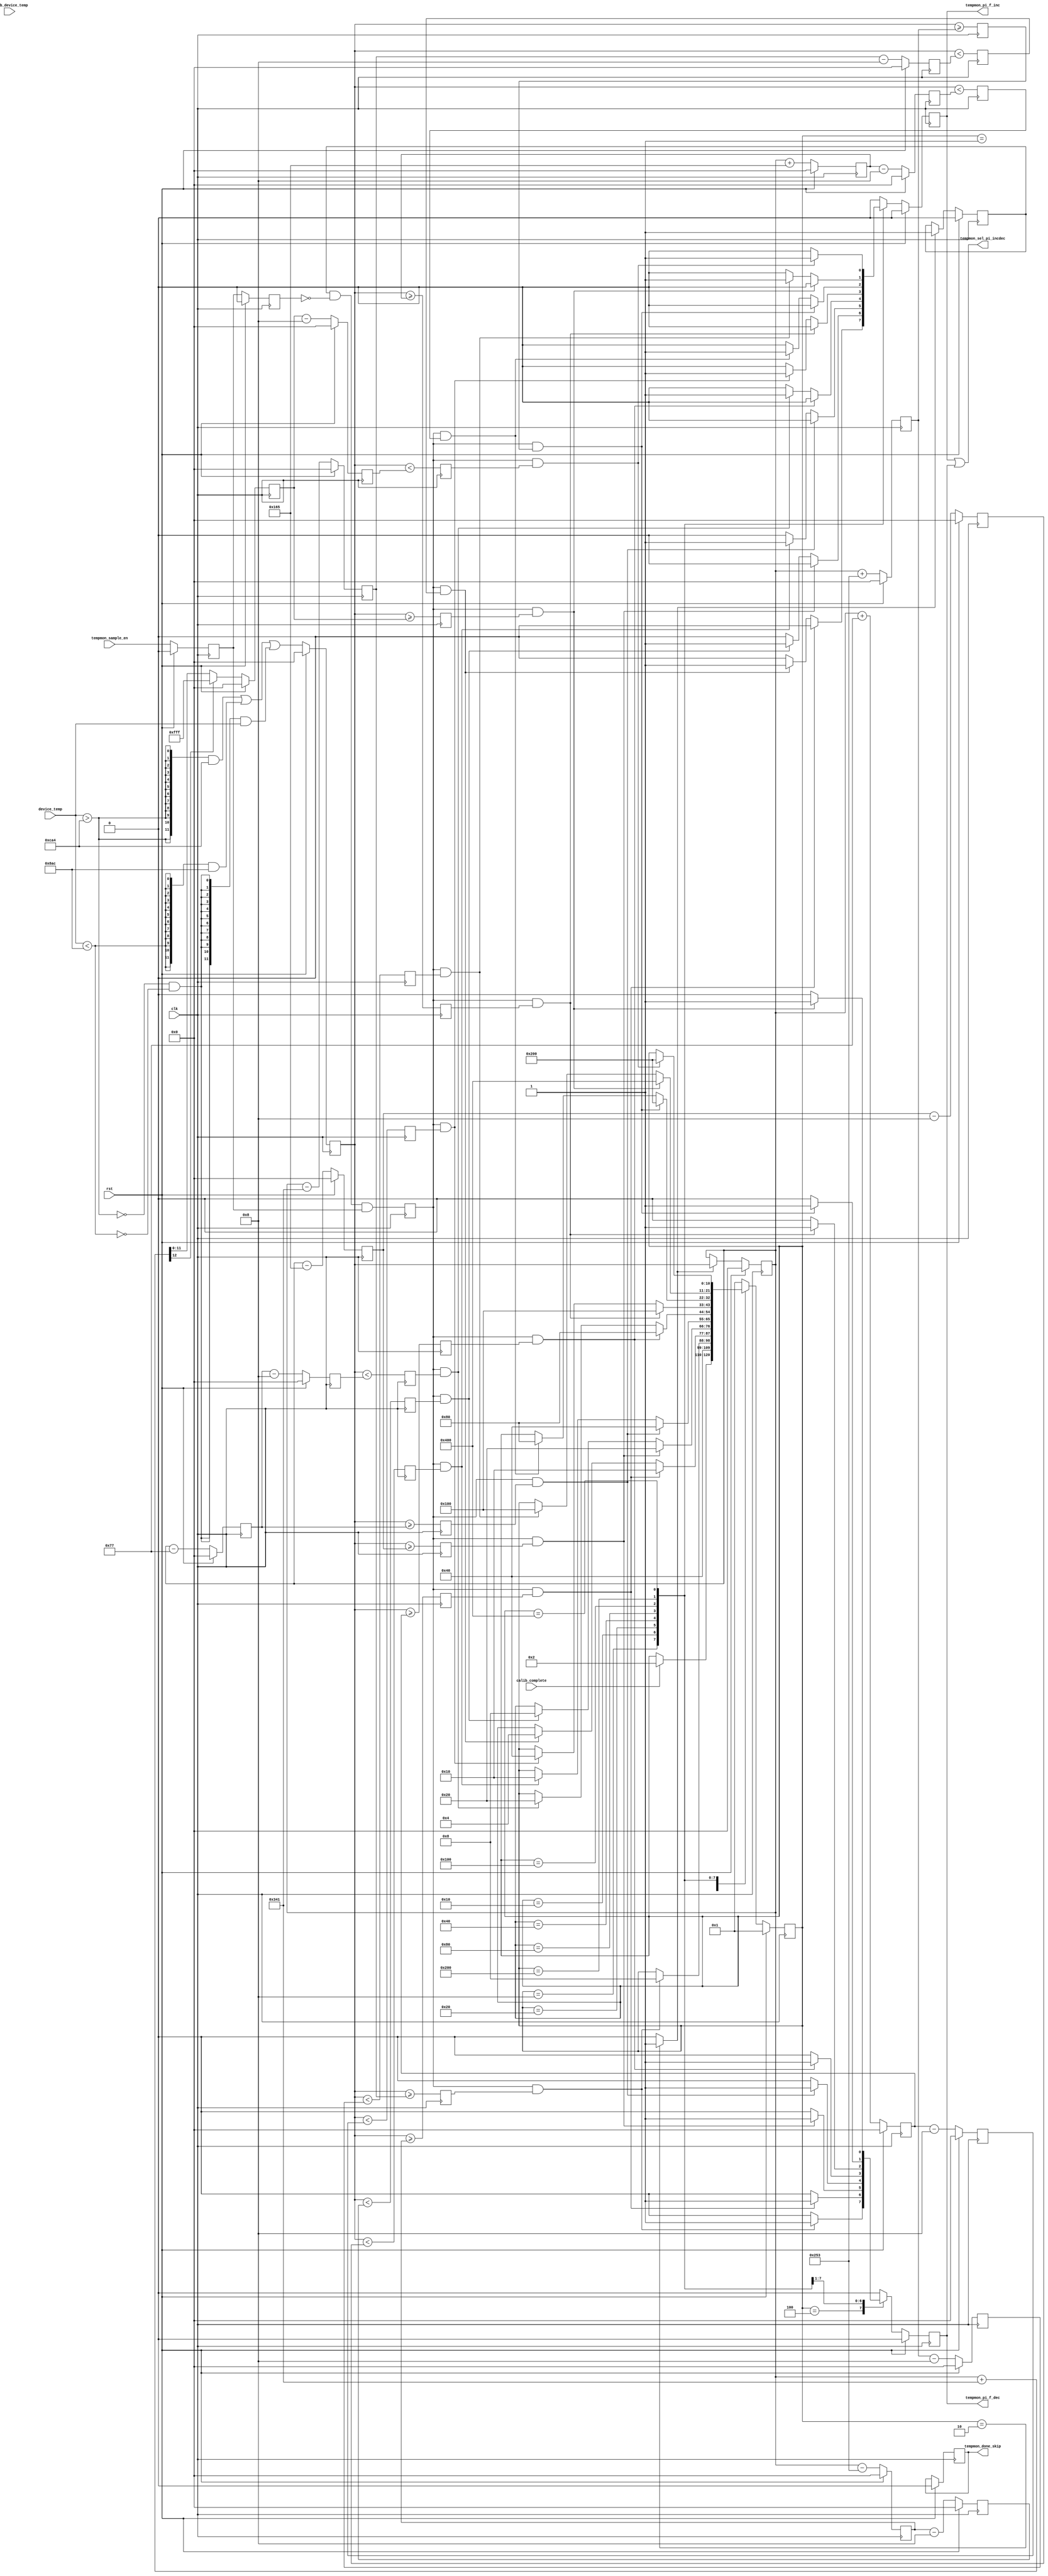
//*****************************************************************************
// (c) Copyright 2008 - 2013 Xilinx, Inc. All rights reserved.
//
// This file contains confidential and proprietary information
// of Xilinx, Inc. and is protected under U.S. and
// international copyright and other intellectual property
// laws.
//
// DISCLAIMER
// This disclaimer is not a license and does not grant any
// rights to the materials distributed herewith. Except as
// otherwise provided in a valid license issued to you by
// Xilinx, and to the maximum extent permitted by applicable
// law: (1) THESE MATERIALS ARE MADE AVAILABLE "AS IS" AND
// WITH ALL FAULTS, AND XILINX HEREBY DISCLAIMS ALL WARRANTIES
// AND CONDITIONS, EXPRESS, IMPLIED, OR STATUTORY, INCLUDING
// BUT NOT LIMITED TO WARRANTIES OF MERCHANTABILITY, NON-
// INFRINGEMENT, OR FITNESS FOR ANY PARTICULAR PURPOSE; and
// (2) Xilinx shall not be liable (whether in contract or tort,
// including negligence, or under any other theory of
// liability) for any loss or damage of any kind or nature
// related to, arising under or in connection with these
// materials, including for any direct, or any indirect,
// special, incidental, or consequential loss or damage
// (including loss of data, profits, goodwill, or any type of
// loss or damage suffered as a result of any action brought
// by a third party) even if such damage or loss was
// reasonably foreseeable or Xilinx had been advised of the
// possibility of the same.
//
// CRITICAL APPLICATIONS
// Xilinx products are not designed or intended to be fail-
// safe, or for use in any application requiring fail-safe
// performance, such as life-support or safety devices or
// systems, Class III medical devices, nuclear facilities,
// applications related to the deployment of airbags, or any
// other applications that could lead to death, personal
// injury, or severe property or environmental damage
// (individually and collectively, "Critical
// Applications"). Customer assumes the sole risk and
// liability of any use of Xilinx products in Critical
// Applications, subject only to applicable laws and
// regulations governing limitations on product liability.
//
// THIS COPYRIGHT NOTICE AND DISCLAIMER MUST BE RETAINED AS
// PART OF THIS FILE AT ALL TIMES.
//
//*****************************************************************************
//   ____  ____
//  /   /\/   /
// /___/  \  /    Vendor                : Xilinx
// \   \   \/     Version               : %version
//  \   \         Application           : MIG
//  /   /         Filename              : mig_7series_v4_0_ddr_phy_tempmon.v
// /___/   /\     Date Last Modified    : $date$
// \   \  /  \    Date Created          : Dec 20 2013
//  \___\/\___\
//
//Device            : 7 Series
//Design Name       : DDR3 SDRAM
//Purpose           : Monitors chip temperature via the XADC and adjusts the
//                    stage 2 tap values as appropriate.
//Reference         :
//Revision History  :
//*****************************************************************************

`timescale 1 ps / 1 ps

module mig_7series_v4_0_ddr_phy_tempmon #
(
  parameter SKIP_CALIB      = "FALSE",
  parameter TCQ             = 100,      // Register delay (simulation only)
  // Temperature bands must be in order. To disable bands, set to extreme.
  parameter TEMP_INCDEC     = 1465,   // Degrees C * 100 (14.65 * 100) 
  parameter TEMP_HYST       = 1,
  parameter TEMP_MIN_LIMIT  = 12'h8ac,
  parameter TEMP_MAX_LIMIT  = 12'hca4
)
(
  input           clk,                  // Fabric clock
  input           rst,                  // System reset
  input           calib_complete,       // Calibration complete
  input           tempmon_sample_en,    // Signal to enable sampling
  input   [11:0]  device_temp,          // Current device temperature
  input   [11:0]  calib_device_temp,    // Calibration device temperature
  output          tempmon_pi_f_inc,     // Increment PHASER_IN taps
  output          tempmon_pi_f_dec,     // Decrement PHASER_IN taps
  output          tempmon_sel_pi_incdec, // Assume control of PHASER_IN taps
  output          tempmon_done_skip
);

  // translate hysteresis into XADC units
  localparam HYST_OFFSET = (TEMP_HYST * 4096) / 504;

  localparam TEMP_INCDEC_OFFSET = ((TEMP_INCDEC * 4096) / 50400) ;

  // Temperature sampler FSM encoding
  localparam IDLE      = 11'b000_0000_0001;
  localparam INIT      = 11'b000_0000_0010;
  localparam FOUR_INC  = 11'b000_0000_0100;
  localparam THREE_INC = 11'b000_0000_1000;
  localparam TWO_INC   = 11'b000_0001_0000;
  localparam ONE_INC   = 11'b000_0010_0000;
  localparam NEUTRAL   = 11'b000_0100_0000;
  localparam ONE_DEC   = 11'b000_1000_0000;
  localparam TWO_DEC   = 11'b001_0000_0000;
  localparam THREE_DEC = 11'b010_0000_0000;
  localparam FOUR_DEC  = 11'b100_0000_0000;


  //===========================================================================
  // Reg declarations
  //===========================================================================

  // Output port flops.  Inc and dec are mutex.
  reg         pi_f_dec;     // Flop output
  reg         pi_f_inc;     // Flop output
  reg         pi_f_dec_nxt; // FSM output
  reg         pi_f_inc_nxt; // FSM output

  // FSM state
  reg  [10:0] tempmon_state;
  reg  [10:0] tempmon_state_nxt;

  // FSM output used to capture the initial device termperature
  reg         tempmon_state_init;

  // Flag to indicate the initial device temperature is captured and normal operation can begin
  reg         tempmon_init_complete;

  // Temperature band/state boundaries
  reg  [11:0] four_inc_max_limit;
  reg  [11:0] three_inc_max_limit;
  reg  [11:0] two_inc_max_limit;
  reg  [11:0] one_inc_max_limit;
  reg  [11:0] neutral_max_limit;
  reg  [11:0] one_dec_max_limit;
  reg  [11:0] two_dec_max_limit;
  reg  [11:0] three_dec_max_limit;
  reg  [11:0] three_inc_min_limit;
  reg  [11:0] two_inc_min_limit;
  reg  [11:0] one_inc_min_limit;
  reg  [11:0] neutral_min_limit;
  reg  [11:0] one_dec_min_limit;
  reg  [11:0] two_dec_min_limit;
  reg  [11:0] three_dec_min_limit;
  reg  [11:0] four_dec_min_limit;
  reg  [11:0] device_temp_init;

  // Flops for capturing and storing the current device temperature
  reg         tempmon_sample_en_101;
  reg         tempmon_sample_en_102;
  reg  [11:0] device_temp_101;
  reg  [11:0] device_temp_capture_102;
  reg         update_temp_102;

  // Flops for comparing temperature to max limits
  reg         temp_cmp_four_inc_max_102;
  reg         temp_cmp_three_inc_max_102;
  reg         temp_cmp_two_inc_max_102;
  reg         temp_cmp_one_inc_max_102;
  reg         temp_cmp_neutral_max_102;
  reg         temp_cmp_one_dec_max_102;
  reg         temp_cmp_two_dec_max_102;
  reg         temp_cmp_three_dec_max_102;

  // Flops for comparing temperature to min limits
  reg         temp_cmp_three_inc_min_102;
  reg         temp_cmp_two_inc_min_102;
  reg         temp_cmp_one_inc_min_102;
  reg         temp_cmp_neutral_min_102;
  reg         temp_cmp_one_dec_min_102;
  reg         temp_cmp_two_dec_min_102;
  reg         temp_cmp_three_dec_min_102;
  reg         temp_cmp_four_dec_min_102;
  
  reg         calib_complete_r;
  reg         tempmon_done;
  reg [2:0]   sample_en_cnt;
  
  always @ (posedge clk)
    calib_complete_r <= #TCQ calib_complete;
	
   wire [11:0] device_temp_in = ((tempmon_state_init | ~calib_complete_r) & (SKIP_CALIB == "TRUE")) ? calib_device_temp : device_temp;
   
  always @ (posedge clk) begin
    if (rst)
	  sample_en_cnt <= #TCQ 'd0;
	else if ((tempmon_sample_en & ~tempmon_sample_en_101) & ((SKIP_CALIB == "TRUE")) & (sample_en_cnt < 'd5))
	  sample_en_cnt <= #TCQ sample_en_cnt + 1;
  end
  
  always @ (posedge clk) begin
    if (rst)
	  tempmon_done <= #TCQ 1'b0;
	else if ((sample_en_cnt == 'd5) & ((SKIP_CALIB == "TRUE")))
	  tempmon_done <= #TCQ 1'b1;
  end
  
  assign tempmon_done_skip = tempmon_done;
  
  //===========================================================================
  // Overview and temperature band limits
  //===========================================================================

  // The main feature of the tempmon block is an FSM that tracks the temerature provided by the ADC and decides if the phaser needs to be adjusted.  The FSM 
  // has nine temperature bands or states, centered around an initial device temperature.  The name of each state is the net number of phaser increments or
  // decrements that have been issued in getting to the state.  There are two temperature boundaries or limits between adjacent states.  These two boundaries are
  // offset by a small amount to provide hysteresis.  The max limits are the boundaries that are used to determine when to move to the next higher temperature state
  // and decrement the phaser.  The min limits determine when to move to the next lower temperature state and increment the phaser.  The limits are calculated when
  // the initial device temperature is taken, and will always be at fixed offsets from the initial device temperature.  States with limits below 0C or above
  // 125C will never be entered.

  // Temperature  lowest                                                                                                                                     highest
  //              <------------------------------------------------------------------------------------------------------------------------------------------------>
  //
  // Temp          four          three            two               one              neutral            one               two                three            four
  // band/state    inc           inc              inc               inc                                 dec               dec                dec              dec 
  // 
  // Max limits           |<-2*TEMP_INCDEC->|<-2*TEMP_INCDEC->|<-2*TEMP_INCDEC->|<-2*TEMP_INCDEC->|<-2*TEMP_INCDEC->|<-2*TEMP_INCDEC->|<-2*TEMP_INCDEC->|
  // Min limits        |<-2*TEMP_INCDEC->|<-2*TEMP_INCDEC->|<-2*TEMP_INCDEC->|<-2*TEMP_INCDEC->|<-2*TEMP_INCDEC->|<-2*TEMP_INCDEC->|<-2*TEMP_INCDEC->|  |
  //                   |  |                                |  |                        |                                                             |  |
  //                   |  |                                |  |                        |                                                             |  |
  // three_inc_min_limit  |                 HYST_OFFSET--->|  |<--                     |                                            four_dec_min_limit  |
  //                      |                                                     device_temp_init                                                        |
  //     four_inc_max_limit                                                                                                           three_dec_max_limit



  // Boundaries for moving from lower temp bands to higher temp bands.
  // Note that only three_dec_max_limit can roll over, assuming device_temp_init is between 0C and 125C and TEMP_INCDEC_OFFSET is 14.65C,
  // and none of the min or max limits can roll under.  So three_dec_max_limit has a check for being out of the 0x0 to 0xFFF range.
  wire [11:0] four_inc_max_limit_nxt  = device_temp_init - 7*TEMP_INCDEC_OFFSET; // upper boundary of lowest temp band
  wire [11:0] three_inc_max_limit_nxt = device_temp_init - 5*TEMP_INCDEC_OFFSET;
  wire [11:0] two_inc_max_limit_nxt   = device_temp_init - 3*TEMP_INCDEC_OFFSET;
  wire [11:0] one_inc_max_limit_nxt   = device_temp_init -   TEMP_INCDEC_OFFSET; 
  wire [11:0] neutral_max_limit_nxt   = device_temp_init +   TEMP_INCDEC_OFFSET; // upper boundary of init temp band
  wire [11:0] one_dec_max_limit_nxt   = device_temp_init + 3*TEMP_INCDEC_OFFSET;
  wire [11:0] two_dec_max_limit_nxt   = device_temp_init + 5*TEMP_INCDEC_OFFSET;
  wire [12:0] three_dec_max_limit_tmp = device_temp_init + 7*TEMP_INCDEC_OFFSET; // upper boundary of 2nd highest temp band
  wire [11:0] three_dec_max_limit_nxt = three_dec_max_limit_tmp[12] ? 12'hFFF : three_dec_max_limit_tmp[11:0];


  // Boundaries for moving from higher temp bands to lower temp bands
  wire [11:0] three_inc_min_limit_nxt = four_inc_max_limit  - HYST_OFFSET; // lower boundary of 2nd lowest temp band
  wire [11:0] two_inc_min_limit_nxt   = three_inc_max_limit - HYST_OFFSET;
  wire [11:0] one_inc_min_limit_nxt   = two_inc_max_limit   - HYST_OFFSET;
  wire [11:0] neutral_min_limit_nxt   = one_inc_max_limit   - HYST_OFFSET; // lower boundary of init temp band
  wire [11:0] one_dec_min_limit_nxt   = neutral_max_limit   - HYST_OFFSET;
  wire [11:0] two_dec_min_limit_nxt   = one_dec_max_limit   - HYST_OFFSET;
  wire [11:0] three_dec_min_limit_nxt = two_dec_max_limit   - HYST_OFFSET;
  wire [11:0] four_dec_min_limit_nxt  = three_dec_max_limit - HYST_OFFSET; // lower boundary of highest temp band



  //===========================================================================
  // Capture device temperature
  //===========================================================================

  // There is a three stage pipeline used to capture temperature, calculate the next state
  // of the FSM, and update the tempmon outputs.
  //
  // Stage 100  Inputs device_temp and tempmon_sample_en become valid and are flopped.
  //            Input device_temp is compared to ADC codes for 0C and 125C and limited
  //            at the flop input if needed.
  //
  // Stage 101  The flopped version of device_temp is compared to the FSM temperature band boundaries
  //            to determine if a state change is needed.  State changes are only enabled on the
  //            rising edge of the flopped tempmon_sample_en signal.  If there is a state change a phaser
  //            increment or decrement signal is generated and flopped.
  //
  // Stage 102  The flopped versions of the phaser inc/dec signals drive the module outputs.

  // Limit device_temp to 0C to 125C and assign it to flop input device_temp_100
  // temp C = ( ( ADC CODE * 503.975 ) / 4096 ) - 273.15
  wire        device_temp_high = device_temp_in > TEMP_MAX_LIMIT;
  wire        device_temp_low  = device_temp_in < TEMP_MIN_LIMIT;
  wire [11:0] device_temp_100  =     ( { 12 {  device_temp_high                     } } & TEMP_MAX_LIMIT )
                                   | ( { 12 {                      device_temp_low  } } & TEMP_MIN_LIMIT )
                                   | ( { 12 { ~device_temp_high & ~device_temp_low  } } & device_temp_in );

  // Capture/hold the initial temperature used in setting temperature bands and set init complete flag
  // to enable normal sample operation.
  wire [11:0] device_temp_init_nxt      = tempmon_state_init  ? device_temp_101 : device_temp_init;
  wire        tempmon_init_complete_nxt = tempmon_state_init  ? 1'b1            : tempmon_init_complete;

  // Capture/hold the current temperature on the sample enable signal rising edge after init is complete.
  // The captured current temp is not used functionaly.  It is just useful for debug and waveform review.
  wire        update_temp_101           =  tempmon_init_complete & ~tempmon_sample_en_102 & tempmon_sample_en_101;
  wire [11:0] device_temp_capture_101   =  update_temp_101 ? device_temp_101 : device_temp_capture_102;


  //===========================================================================
  // Generate FSM arc signals
  //===========================================================================

  // Temperature comparisons for increasing temperature.
  wire        temp_cmp_four_inc_max_101  = device_temp_101 >= four_inc_max_limit  ;
  wire        temp_cmp_three_inc_max_101 = device_temp_101 >= three_inc_max_limit ;
  wire        temp_cmp_two_inc_max_101   = device_temp_101 >= two_inc_max_limit   ;
  wire        temp_cmp_one_inc_max_101   = device_temp_101 >= one_inc_max_limit   ;
  wire        temp_cmp_neutral_max_101   = device_temp_101 >= neutral_max_limit   ;
  wire        temp_cmp_one_dec_max_101   = device_temp_101 >= one_dec_max_limit   ;
  wire        temp_cmp_two_dec_max_101   = device_temp_101 >= two_dec_max_limit   ;
  wire        temp_cmp_three_dec_max_101 = device_temp_101 >= three_dec_max_limit ;

  // Temperature comparisons for decreasing temperature.
  wire        temp_cmp_three_inc_min_101 = device_temp_101 < three_inc_min_limit ;
  wire        temp_cmp_two_inc_min_101   = device_temp_101 < two_inc_min_limit   ;
  wire        temp_cmp_one_inc_min_101   = device_temp_101 < one_inc_min_limit   ;
  wire        temp_cmp_neutral_min_101   = device_temp_101 < neutral_min_limit   ;
  wire        temp_cmp_one_dec_min_101   = device_temp_101 < one_dec_min_limit   ;
  wire        temp_cmp_two_dec_min_101   = device_temp_101 < two_dec_min_limit   ;
  wire        temp_cmp_three_dec_min_101 = device_temp_101 < three_dec_min_limit ;
  wire        temp_cmp_four_dec_min_101  = device_temp_101 < four_dec_min_limit  ;

  // FSM arcs for increasing temperature.
  wire        temp_gte_four_inc_max  = update_temp_102 & temp_cmp_four_inc_max_102;
  wire        temp_gte_three_inc_max = update_temp_102 & temp_cmp_three_inc_max_102;
  wire        temp_gte_two_inc_max   = update_temp_102 & temp_cmp_two_inc_max_102;
  wire        temp_gte_one_inc_max   = update_temp_102 & temp_cmp_one_inc_max_102;
  wire        temp_gte_neutral_max   = update_temp_102 & temp_cmp_neutral_max_102;
  wire        temp_gte_one_dec_max   = update_temp_102 & temp_cmp_one_dec_max_102;
  wire        temp_gte_two_dec_max   = update_temp_102 & temp_cmp_two_dec_max_102;
  wire        temp_gte_three_dec_max = update_temp_102 & temp_cmp_three_dec_max_102;

  // FSM arcs for decreasing temperature.
  wire        temp_lte_three_inc_min = update_temp_102 & temp_cmp_three_inc_min_102;
  wire        temp_lte_two_inc_min   = update_temp_102 & temp_cmp_two_inc_min_102;
  wire        temp_lte_one_inc_min   = update_temp_102 & temp_cmp_one_inc_min_102;
  wire        temp_lte_neutral_min   = update_temp_102 & temp_cmp_neutral_min_102;
  wire        temp_lte_one_dec_min   = update_temp_102 & temp_cmp_one_dec_min_102;
  wire        temp_lte_two_dec_min   = update_temp_102 & temp_cmp_two_dec_min_102;
  wire        temp_lte_three_dec_min = update_temp_102 & temp_cmp_three_dec_min_102;
  wire        temp_lte_four_dec_min  = update_temp_102 & temp_cmp_four_dec_min_102;


  //===========================================================================
  // Implement FSM
  //===========================================================================

  // In addition to the nine temperature states, there are also IDLE and INIT states.
  // The INIT state triggers the calculation of the temperature boundaries between the
  // other states.  After INIT, the FSM will always go to the NEUTRAL state.  There is
  // no timing restriction required between calib_complete and tempmon_sample_en.

  always @(*) begin

    tempmon_state_nxt = tempmon_state;
    tempmon_state_init = 1'b0;
    pi_f_inc_nxt = 1'b0;
    pi_f_dec_nxt = 1'b0;

    casez (tempmon_state)
      IDLE: begin
        if (calib_complete) tempmon_state_nxt = INIT;
      end
      INIT: begin
        tempmon_state_nxt = NEUTRAL;
        tempmon_state_init = 1'b1;
      end
      FOUR_INC: begin
        if (temp_gte_four_inc_max) begin
	  tempmon_state_nxt = THREE_INC;
          pi_f_dec_nxt = 1'b1;
        end
      end
      THREE_INC: begin
        if (temp_gte_three_inc_max) begin
	  tempmon_state_nxt = TWO_INC;
          pi_f_dec_nxt = 1'b1;
        end
	else if (temp_lte_three_inc_min) begin
	  tempmon_state_nxt = FOUR_INC;
          pi_f_inc_nxt = 1'b1;
        end
      end
      TWO_INC: begin
        if (temp_gte_two_inc_max) begin
	  tempmon_state_nxt = ONE_INC;
          pi_f_dec_nxt = 1'b1;
        end
	else if (temp_lte_two_inc_min) begin
	  tempmon_state_nxt = THREE_INC;
          pi_f_inc_nxt = 1'b1;
        end
      end
      ONE_INC: begin
        if (temp_gte_one_inc_max) begin
	  tempmon_state_nxt = NEUTRAL;
          pi_f_dec_nxt = 1'b1;
        end
	else if (temp_lte_one_inc_min) begin
	  tempmon_state_nxt = TWO_INC;
          pi_f_inc_nxt = 1'b1;
        end
      end
      NEUTRAL: begin
        if (temp_gte_neutral_max) begin
	  tempmon_state_nxt = ONE_DEC;
          pi_f_dec_nxt = 1'b1;
        end
	else if (temp_lte_neutral_min) begin
	  tempmon_state_nxt = ONE_INC;
          pi_f_inc_nxt = 1'b1;
        end
      end
      ONE_DEC: begin
        if (temp_gte_one_dec_max) begin
	  tempmon_state_nxt = TWO_DEC;
          pi_f_dec_nxt = 1'b1;
        end
	else if (temp_lte_one_dec_min) begin
	  tempmon_state_nxt = NEUTRAL;
          pi_f_inc_nxt = 1'b1;
        end
      end
      TWO_DEC: begin
        if (temp_gte_two_dec_max) begin
	  tempmon_state_nxt = THREE_DEC;
          pi_f_dec_nxt = 1'b1;
        end
	else if (temp_lte_two_dec_min) begin
	  tempmon_state_nxt = ONE_DEC;
          pi_f_inc_nxt = 1'b1;
        end
      end
      THREE_DEC: begin
        if (temp_gte_three_dec_max) begin
	  tempmon_state_nxt = FOUR_DEC;
          pi_f_dec_nxt = 1'b1;
        end
	else if (temp_lte_three_dec_min) begin
	  tempmon_state_nxt = TWO_DEC;
          pi_f_inc_nxt = 1'b1;
        end
      end
      FOUR_DEC: begin
	if (temp_lte_four_dec_min) begin
	  tempmon_state_nxt = THREE_DEC;
          pi_f_inc_nxt = 1'b1;
        end
      end
      default: begin
	  tempmon_state_nxt = IDLE;
      end
    endcase

  end //always

//synopsys translate_off
reg [71:0] tempmon_state_name;
always @(*) casez (tempmon_state)
   IDLE      : tempmon_state_name = "IDLE";
   INIT      : tempmon_state_name = "INIT";
   FOUR_INC  : tempmon_state_name = "FOUR_INC";
   THREE_INC : tempmon_state_name = "THREE_INC";
   TWO_INC   : tempmon_state_name = "TWO_INC";
   ONE_INC   : tempmon_state_name = "ONE_INC";
   NEUTRAL   : tempmon_state_name = "NEUTRAL";
   ONE_DEC   : tempmon_state_name = "ONE_DEC";
   TWO_DEC   : tempmon_state_name = "TWO_DEC";
   THREE_DEC : tempmon_state_name = "THREE_DEC";
   FOUR_DEC  : tempmon_state_name = "FOUR_DEC";
   default   : tempmon_state_name = "BAD_STATE";
endcase
//synopsys translate_on

  //===========================================================================
  // Generate final output and implement flops
  //===========================================================================

  // Generate output
  assign tempmon_pi_f_inc = pi_f_inc;
  assign tempmon_pi_f_dec = pi_f_dec;
  assign tempmon_sel_pi_incdec = pi_f_inc | pi_f_dec;


  // Implement reset flops
  always @(posedge clk) begin
    if(rst) begin
      tempmon_state           <= #TCQ 11'b000_0000_0001;
      pi_f_inc                <= #TCQ 1'b0;
      pi_f_dec                <= #TCQ 1'b0;
      four_inc_max_limit      <= #TCQ 12'b0;
      three_inc_max_limit     <= #TCQ 12'b0;
      two_inc_max_limit       <= #TCQ 12'b0;
      one_inc_max_limit       <= #TCQ 12'b0;
      neutral_max_limit       <= #TCQ 12'b0;
      one_dec_max_limit       <= #TCQ 12'b0;
      two_dec_max_limit       <= #TCQ 12'b0;
      three_dec_max_limit     <= #TCQ 12'b0;
      three_inc_min_limit     <= #TCQ 12'b0;
      two_inc_min_limit       <= #TCQ 12'b0;
      one_inc_min_limit       <= #TCQ 12'b0;
      neutral_min_limit       <= #TCQ 12'b0;
      one_dec_min_limit       <= #TCQ 12'b0;
      two_dec_min_limit       <= #TCQ 12'b0;
      three_dec_min_limit     <= #TCQ 12'b0;
      four_dec_min_limit      <= #TCQ 12'b0;
      device_temp_init        <= #TCQ 12'b0;
      tempmon_init_complete   <= #TCQ 1'b0;
      tempmon_sample_en_101   <= #TCQ 1'b0;
      tempmon_sample_en_102   <= #TCQ 1'b0;
      device_temp_101         <= #TCQ 12'b0;
      device_temp_capture_102 <= #TCQ 12'b0;
    end
    else begin
      tempmon_state           <= #TCQ tempmon_state_nxt;
      pi_f_inc                <= #TCQ pi_f_inc_nxt;
      pi_f_dec                <= #TCQ pi_f_dec_nxt;
      four_inc_max_limit      <= #TCQ four_inc_max_limit_nxt;
      three_inc_max_limit     <= #TCQ three_inc_max_limit_nxt;
      two_inc_max_limit       <= #TCQ two_inc_max_limit_nxt;
      one_inc_max_limit       <= #TCQ one_inc_max_limit_nxt;
      neutral_max_limit       <= #TCQ neutral_max_limit_nxt;
      one_dec_max_limit       <= #TCQ one_dec_max_limit_nxt;
      two_dec_max_limit       <= #TCQ two_dec_max_limit_nxt;
      three_dec_max_limit     <= #TCQ three_dec_max_limit_nxt;
      three_inc_min_limit     <= #TCQ three_inc_min_limit_nxt;
      two_inc_min_limit       <= #TCQ two_inc_min_limit_nxt;
      one_inc_min_limit       <= #TCQ one_inc_min_limit_nxt;
      neutral_min_limit       <= #TCQ neutral_min_limit_nxt;
      one_dec_min_limit       <= #TCQ one_dec_min_limit_nxt;
      two_dec_min_limit       <= #TCQ two_dec_min_limit_nxt;
      three_dec_min_limit     <= #TCQ three_dec_min_limit_nxt;
      four_dec_min_limit      <= #TCQ four_dec_min_limit_nxt;
      device_temp_init        <= #TCQ device_temp_init_nxt;
      tempmon_init_complete   <= #TCQ tempmon_init_complete_nxt;
      tempmon_sample_en_101   <= #TCQ tempmon_sample_en;
      tempmon_sample_en_102   <= #TCQ tempmon_sample_en_101;
      device_temp_101         <= #TCQ device_temp_100;
      device_temp_capture_102 <= #TCQ device_temp_capture_101;
    end
  end

  // Implement non-reset flops
  always @(posedge clk) begin
      temp_cmp_four_inc_max_102  <= #TCQ temp_cmp_four_inc_max_101;
      temp_cmp_three_inc_max_102 <= #TCQ temp_cmp_three_inc_max_101;
      temp_cmp_two_inc_max_102   <= #TCQ temp_cmp_two_inc_max_101;
      temp_cmp_one_inc_max_102   <= #TCQ temp_cmp_one_inc_max_101;
      temp_cmp_neutral_max_102   <= #TCQ temp_cmp_neutral_max_101;
      temp_cmp_one_dec_max_102   <= #TCQ temp_cmp_one_dec_max_101;
      temp_cmp_two_dec_max_102   <= #TCQ temp_cmp_two_dec_max_101;
      temp_cmp_three_dec_max_102 <= #TCQ temp_cmp_three_dec_max_101;
      temp_cmp_three_inc_min_102 <= #TCQ temp_cmp_three_inc_min_101;
      temp_cmp_two_inc_min_102   <= #TCQ temp_cmp_two_inc_min_101;
      temp_cmp_one_inc_min_102   <= #TCQ temp_cmp_one_inc_min_101;
      temp_cmp_neutral_min_102   <= #TCQ temp_cmp_neutral_min_101;
      temp_cmp_one_dec_min_102   <= #TCQ temp_cmp_one_dec_min_101;
      temp_cmp_two_dec_min_102   <= #TCQ temp_cmp_two_dec_min_101;
      temp_cmp_three_dec_min_102 <= #TCQ temp_cmp_three_dec_min_101;
      temp_cmp_four_dec_min_102  <= #TCQ temp_cmp_four_dec_min_101;
      update_temp_102            <= #TCQ update_temp_101;
  end


endmodule